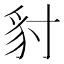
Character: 𧲣